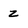
Character: 2